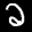
Label: 2